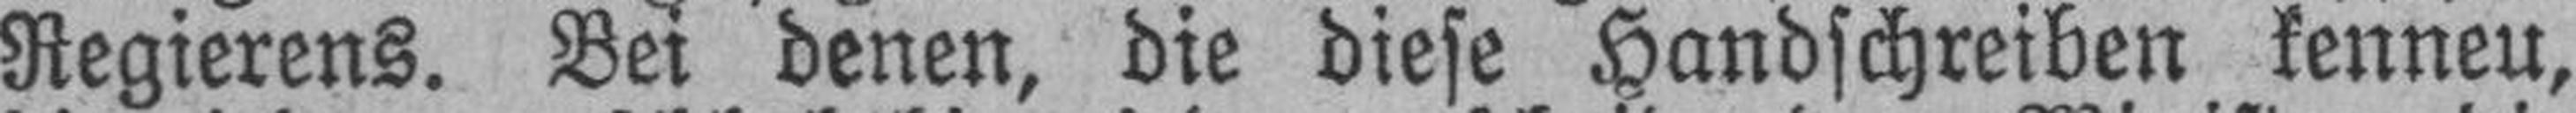
Regierens. Bei denen, die diese Handschreiben kennen,